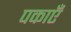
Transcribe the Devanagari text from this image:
पकाएँ